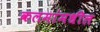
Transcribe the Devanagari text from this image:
कलमांमधील